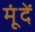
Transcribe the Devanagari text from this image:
मूंदें